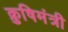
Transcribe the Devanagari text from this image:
क्रुषिमंत्री